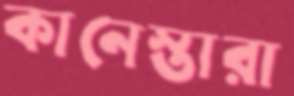
কানেস্তারা